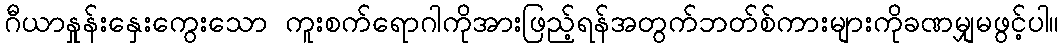
ဂီယာနှုန်းနှေးကွေးသော ကူးစက်ရောဂါကိုအားဖြည့်ရန်အတွက်ဘတ်စ်ကားများကိုခဏမျှမဖွင့်ပါ။